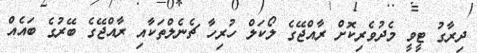
ދިރާގު ޓީވީ މެދުވެރިކޮށް ރާއްޖޭގެ ލޯކަލް ހުރިހާ ޗެނެލްތަކާއި ރާއްޖޭގެ ބޭރުގެ ބައެއް